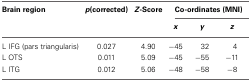
| Brain region | p(corrected) | Z-Score | <COLSPAN=3> Co-ordinates (MNI) |
 |  |  |  | x | y | z |
 | --- | --- | --- | --- | --- | --- |
 | L IFG (pars triangularis) | 0.027 | 4.90 | −45 | 32 | 4 |
 | L OTS | 0.011 | 5.09 | −45 | −55 | −11 |
 | L ITG | 0.012 | 5.06 | −48 | −58 | −8 |